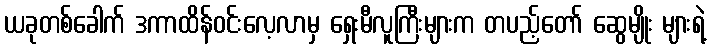
ယခုတစ်ခေါက် ဒကာထိန်ဝင်းလေ့လာမှ ရှေးမီလူကြီးများက တပည့်တော် ဆွေမျိုး များရဲ့